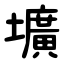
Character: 壙